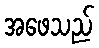
အဖေသည်